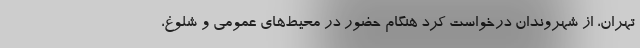
تهران، از شهروندان درخواست کرد هنگام حضور در محیط‌های عمومی و شلوغ،